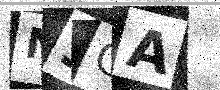
Text: N3CA